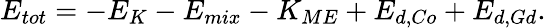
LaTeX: E_{tot}=-E_{K}-E_{mix}-K_{ME}+E_{d,Co}+E_{d,Gd}.